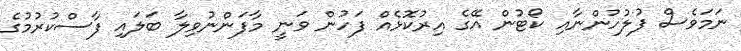
ނަމަވެސް ފުލުހުންނާއި ކޯޓުން އޭގެ އިރުކޮޅެއް ފަހުން ވަނީ މާފަންނުވިލާ ބަލައި ފާސްކުރުމުގެ